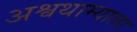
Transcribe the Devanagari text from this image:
अश्वथाम्याला